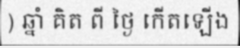
) ឆ្នាំ គិត ពី ថ្ងៃ កើតឡើង